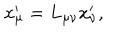
LaTeX: x _ { \mu } ^ { \prime } = L _ { \mu \nu } x _ { \nu } ^ { \prime } ,